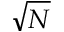
\sqrt { N }